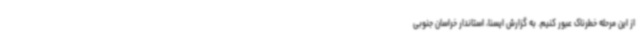
از این مرحله خطرناک عبور کنیم. به گزارش ایسنا، استاندار خراسان جنوبی